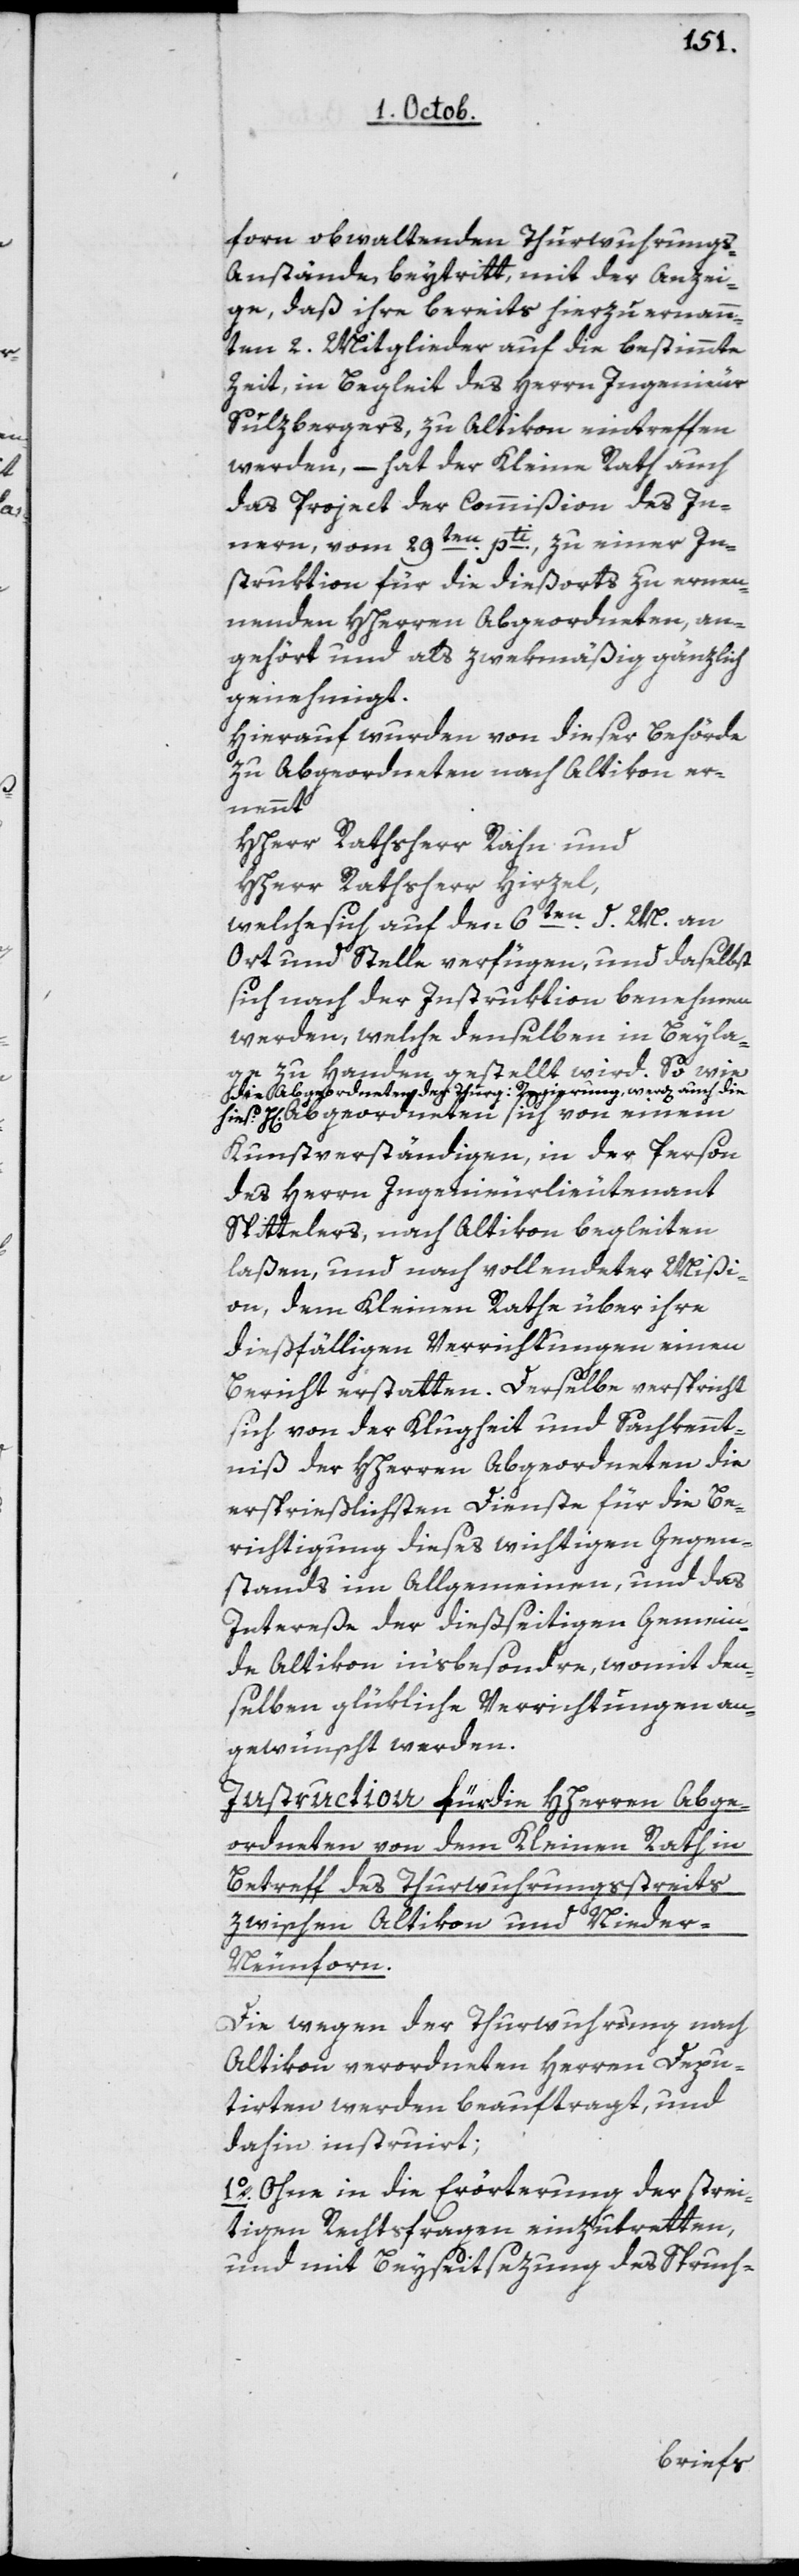
forn obwaltenden Thurwuhrung¬
s-Anstände beytritt, mit der Anzei¬
ge, daß ihre bereits hierzu ernann¬
ten 2 Mitglieder auf die bestimmte
Zeit, in Begleit des Herrn Ingenieur
Sulzbergers, zu Altikon eintreffen
werden, – hat der Kleine Rath auch
das Project der Commißion des In¬
nern, vom 29ten pti, zu einer In¬
struktion für die dießorts zu ernen¬
nenden HHerren Abgeordneten, an¬
gehört und als zwekmäßig gänzlich
genehmigt.
Hierauf wurden von dieser Behörde
zu Abgeordneten nach Altikon er¬
nennt
HHerr Rathsherr Rahn und
HHerr Rathsherr Hirzel,
welche sich auf den 6ten d. M. an
Ort und Stelle verfügen, und daselbst
sich nach der Instruktion benehmen
werden, welche denselben in Beyla¬
ge zu Handen gestellt wird. So wie
die Abgeordneten der Thurg. Regierung, werden auch die
hies. H. Abgeordneten sich von einem
Kunstverständigen, in der Person
des Herrn Ingenieurlieutenant
Spittelers, nach Altikon begleiten
laßen, und nach vollendeter Mißi¬
on dem Kleinen Rathe über ihre
dießfälligen Verrichtungen einen
Bericht erstatten. Derselbe verspricht
sich von der Klugheit und Sachkennt¬
niß der HHerren Abgeordneten die
ersprießlichsten Dienste für die Be¬
richtigung dieses wichtigen Gegen¬
stands im Allgemeinen, und das
Intereße der dießeitigen Gemein¬
de Altikon in‘sbesondere, womit den¬
selben glükliche Verrichtungen an¬
gewünscht werden.
Instruction für die HHerren Abge¬
ordneten von dem Kleinen Rath in
Betreff des Thurwuhrungsstreits
zwischen Altikon und Nieder¬
Neunforn.
Die wegen der Thurwuhrung nach
Altikon verordneten Herren Depu¬
tierten werden beauftragt, und
dahin instruirt:
1o Ohne in die Erörterung der strei¬
tigen Rechtsfragen einzutretten,
und mit Beyseitsezung des Spruch-